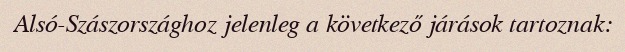
Alsó-Szászországhoz jelenleg a következő járások tartoznak: